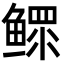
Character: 鳏